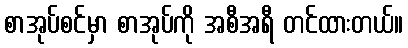
စာအုပ်စင်မှာ စာအုပ်ကို အစီအရီ တင်ထားတယ်။